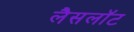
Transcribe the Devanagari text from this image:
लैसलॉट